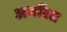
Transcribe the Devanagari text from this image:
अमरित